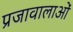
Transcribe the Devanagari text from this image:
प्रजावालाओं